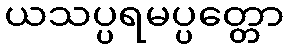
ယသပ္ပရမပ္ပတ္တော